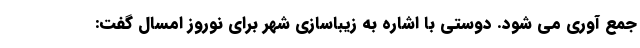
جمع آوری می شود. دوستی با اشاره به زیباسازی شهر برای نوروز امسال گفت: